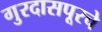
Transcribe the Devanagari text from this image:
गुरदासपूरचे